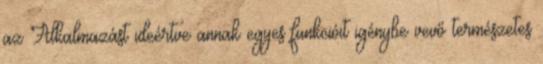
az Alkalmazást ideértve annak egyes funkcióit igénybe vevő természetes